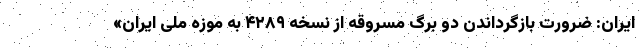
ایران: ضرورت بازگرداندن دو برگ مسروقه از نسخه ۴۲۸۹ به موزه ملی ایران»